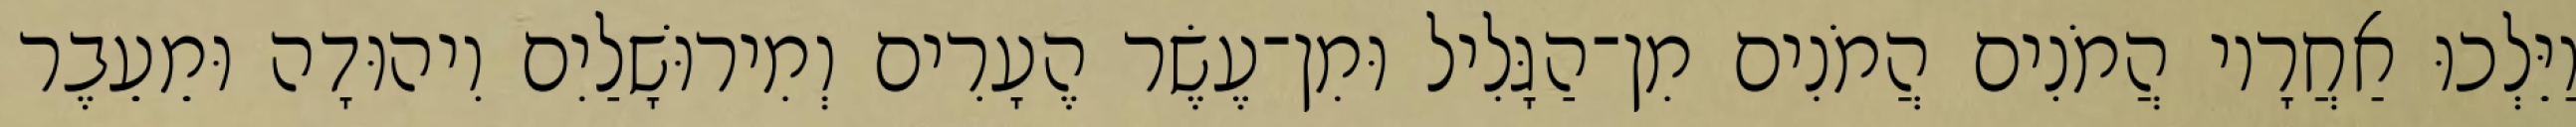
וַיֵּלְכוּ אַחֲרָיו הֲמֹנִים הֲמֹנִים מִן־הַגָּלִיל וּמִן־עֶשֶׂר הֶעָרִים וְמִירוּשָׁלַיִם וִיהוּדָה וּמֵעֵבֶר